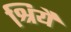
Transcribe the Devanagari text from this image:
श्रियै